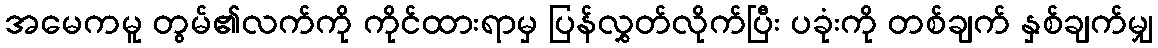
အမေကမူ တွမ်၏လက်ကို ကိုင်ထားရာမှ ပြန်လွှတ်လိုက်ပြီး ပခုံးကို တစ်ချက် နှစ်ချက်မျှ